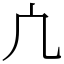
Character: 凣